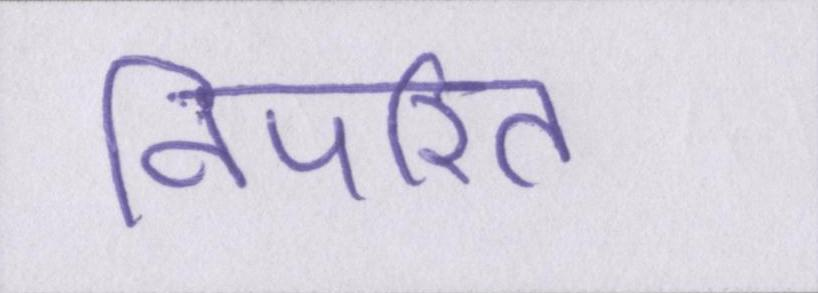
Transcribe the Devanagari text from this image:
विपरित